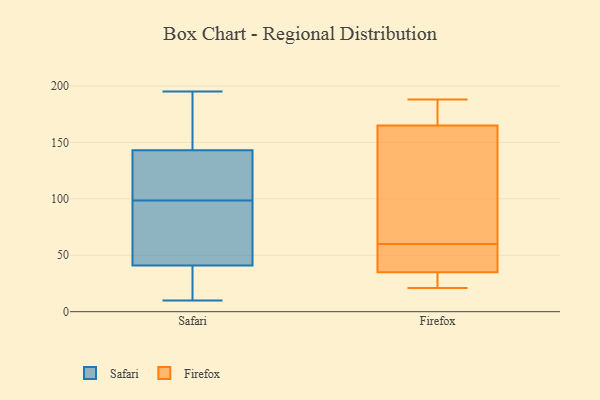
{"axis": {"x": "Customer Acquisition Cost (USD)", "y": "Value"}, "legend": ["Firefox", "Safari"], "data": [{"x": "", "y": 136, "type": "Safari"}, {"x": "", "y": 147, "type": "Safari"}, {"x": "", "y": 166, "type": "Safari"}, {"x": "", "y": 172, "type": "Safari"}, {"x": "", "y": 18, "type": "Safari"}, {"x": "", "y": 21, "type": "Safari"}, {"x": "", "y": 81, "type": "Safari"}, {"x": "", "y": 10, "type": "Safari"}, {"x": "", "y": 61, "type": "Safari"}, {"x": "", "y": 76, "type": "Safari"}, {"x": "", "y": 78, "type": "Safari"}, {"x": "", "y": 17, "type": "Safari"}, {"x": "", "y": 116, "type": "Safari"}, {"x": "", "y": 14, "type": "Safari"}, {"x": "", "y": 138, "type": "Safari"}, {"x": "", "y": 137, "type": "Safari"}, {"x": "", "y": 143, "type": "Safari"}, {"x": "", "y": 143, "type": "Safari"}, {"x": "", "y": 195, "type": "Safari"}, {"x": "", "y": 81, "type": "Safari"}, {"x": "", "y": 188, "type": "Firefox"}, {"x": "", "y": 44, "type": "Firefox"}, {"x": "", "y": 32, "type": "Firefox"}, {"x": "", "y": 89, "type": "Firefox"}, {"x": "", "y": 180, "type": "Firefox"}, {"x": "", "y": 35, "type": "Firefox"}, {"x": "", "y": 21, "type": "Firefox"}, {"x": "", "y": 35, "type": "Firefox"}, {"x": "", "y": 60, "type": "Firefox"}, {"x": "", "y": 70, "type": "Firefox"}, {"x": "", "y": 51, "type": "Firefox"}, {"x": "", "y": 178, "type": "Firefox"}, {"x": "", "y": 177, "type": "Firefox"}, {"x": "", "y": 129, "type": "Firefox"}, {"x": "", "y": 29, "type": "Firefox"}]}